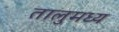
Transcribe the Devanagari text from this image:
तालुमध्य